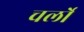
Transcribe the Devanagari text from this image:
चर्लो